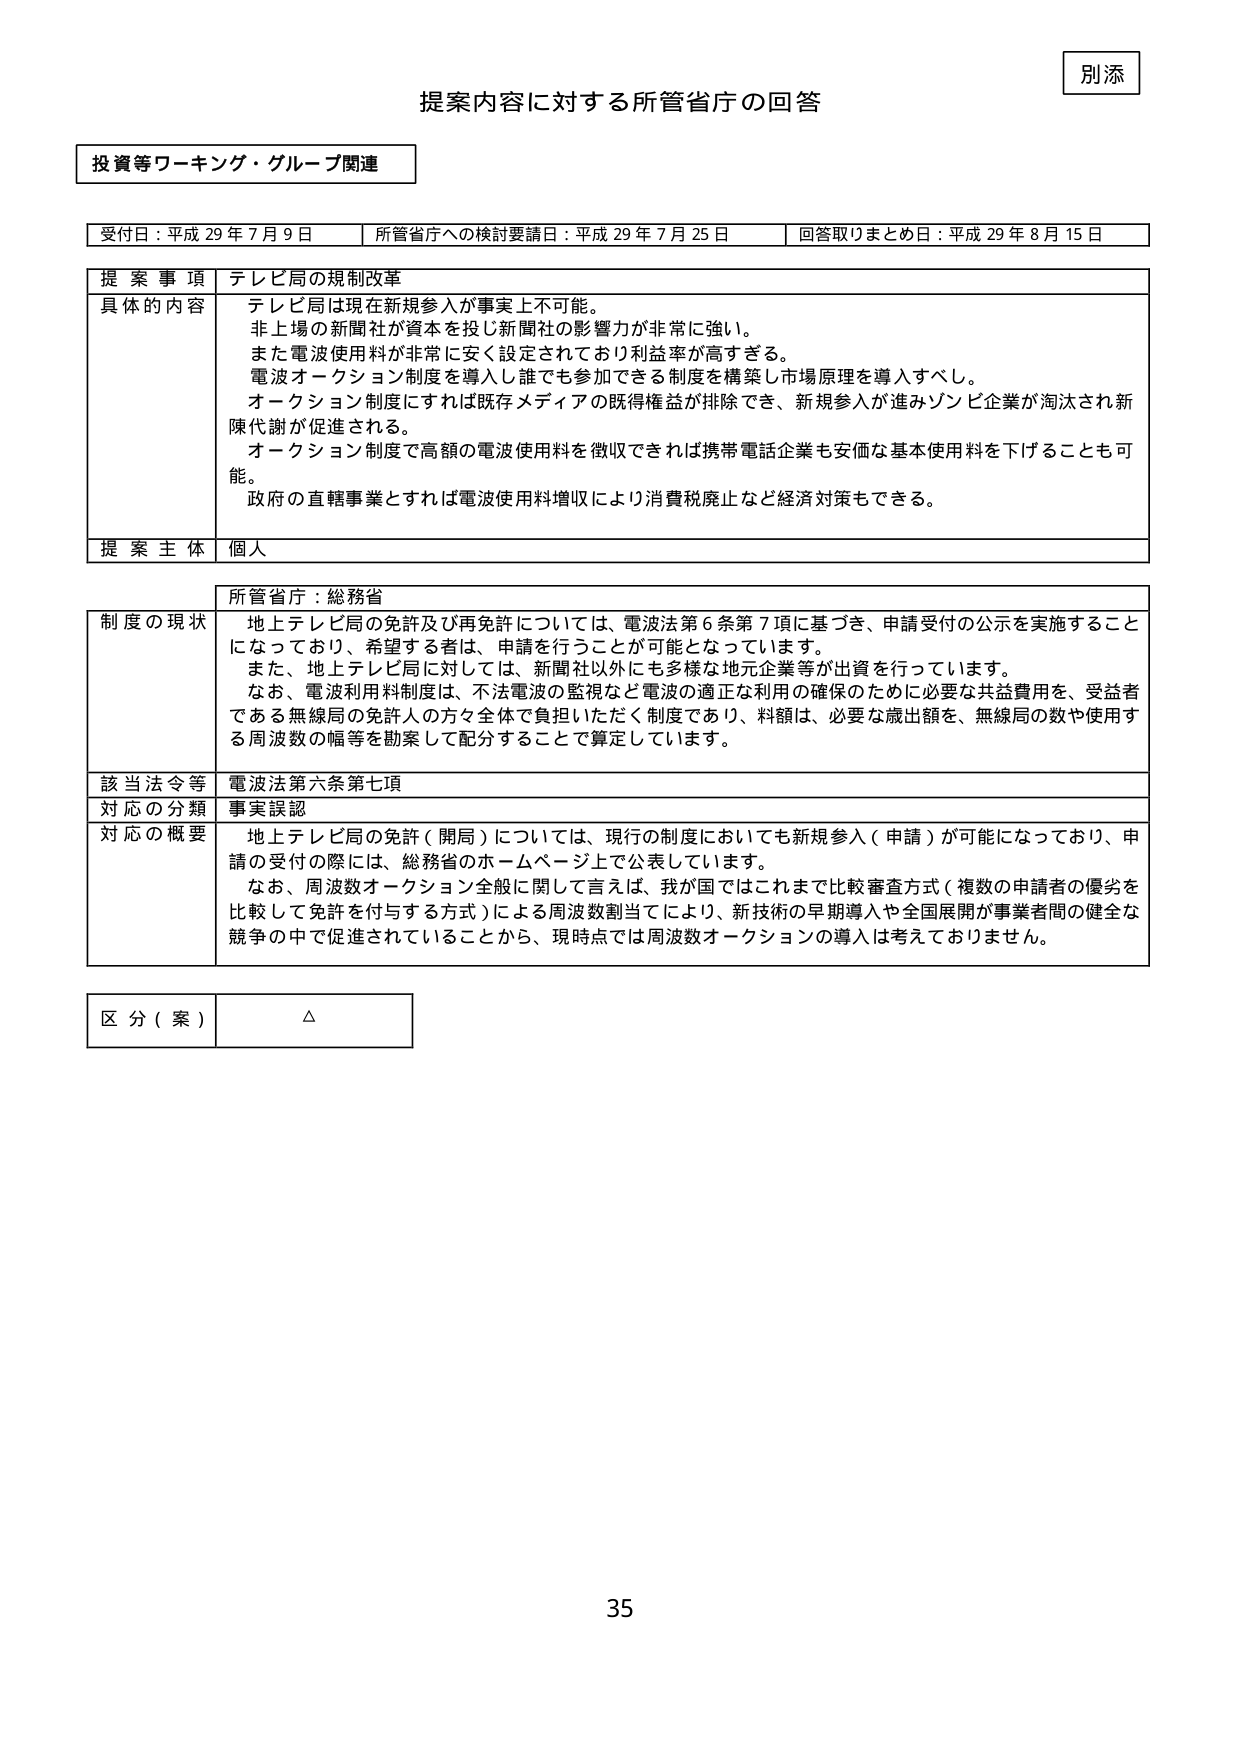
別添

提案内容に対する所管省庁の回答

投資等ワーキング・グループ関連

受付日：平成29年7月9日　　所管省庁への検討要請日：平成29年7月25日　　回答取りまとめ日：平成29年8月15日

提案事項　テレビ局の規制改革

具体的な内容　テレビ局は現在新規参入が事実上不可能。
非上場の新聞社が資本を投じ新聞社の影響力が非常に強い。
また電波使用料が非常に安く設定されており利益率が高すぎる。
電波オークション制度を導入し誰でも参加できる制度を構築し市場原理を導入すべし。
オークション制度にすれば既存メディアの既得権益が排除でき、新規参入が進みゾンビ企業が淘汰され新陳代謝が促進される。
オークション制度で高額の電波使用料を徴収できれば携帯電話企業も安価な基本使用料を下げることも可能。
政府の直轄事業とすれば電波使用料増収により消費税廃止など経済対策もできる。

提案主体　個人

所管省庁：総務省

制度の現状　地上テレビ局の免許及び再免許については、電波法第6条第7項に基づき、申請受付の公示を実施することになっており、希望する者は、申請を行うことが可能となっています。
また、地上テレビ局に対しては、新聞社以外にも多様な地元企業等が出資を行っています。
なお、電波利用料制度は、不法電波の監視など電波の適正な利用の確保のために必要な共益費用を、受益者である無線局の免許人の方々全体で負担いただく制度であり、料額は、必要な歳出額を、無線局の数や使用する周波数の幅等を勘案して配分することで算定しています。

該当法令等　電波法第六条第七項

対応の分類　事実誤認

対応の概要　地上テレビ局の免許（開局）については、現行の制度においても新規参入（申請）が可能になっており、申請の受付の際には、総務省のホームページ上で公表しています。
なお、周波数オークション全般に関して言えば、我が国ではこれまで比較審査方式（複数の申請者の優劣を比較して免許を付与する方式）による周波数割当てにより、新技術の早期導入や全国展開が事業者間の健全な競争の中で促進されていることから、現時点では周波数オークションの導入は考えておりません。

区分（案）　△

35